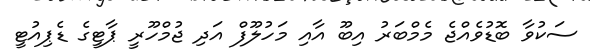
ސަކުވާ ބޮޑުވެއްޖެ މެމްބަރު އިބޫ އާއި މަހުލޫފް އަދި ޖުމްހޫރީ ޕާޓީގެ ޑެޕިއުޓީ